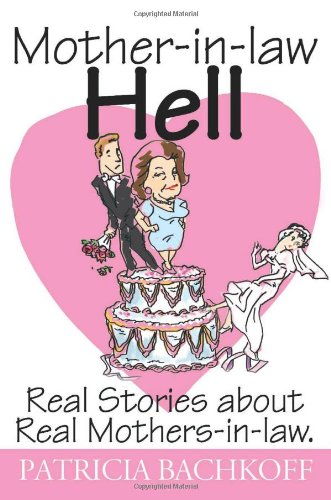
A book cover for Mother-in-law Hell: Real Stories about Real Mothers-in-law.; Patricia Bachkoff; Parenting & Relationships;